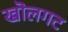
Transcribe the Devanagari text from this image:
खॊलगट